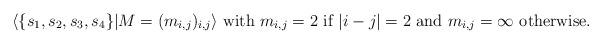
LaTeX: \begin{align*} \langle \{ s_1, s_2, s_3, s_4 \} | M = (m_{i,j})_{i,j} \rangle \textrm{ with } m_{i,j} = 2 \textrm{ if } \vert i - j \vert = 2 \textrm{ and } m_{i,j} = \infty \textrm{ otherwise}.\end{align*}